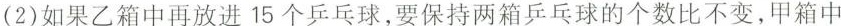
(2)如果乙箱中再放进15个乒乓球，要保持两箱乒乓球的个数比不变，甲箱中